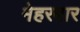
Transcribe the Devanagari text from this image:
मेहरबार